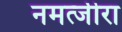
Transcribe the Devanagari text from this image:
नमत्जीरा